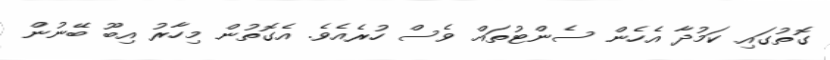
ގޮތުގައި ކަމުދާ އެހެން ސެންޓުތައް ވެސް ހުރެއެވެ. އެގޮތުން މިހާރު އިބޫ ބޭނުން